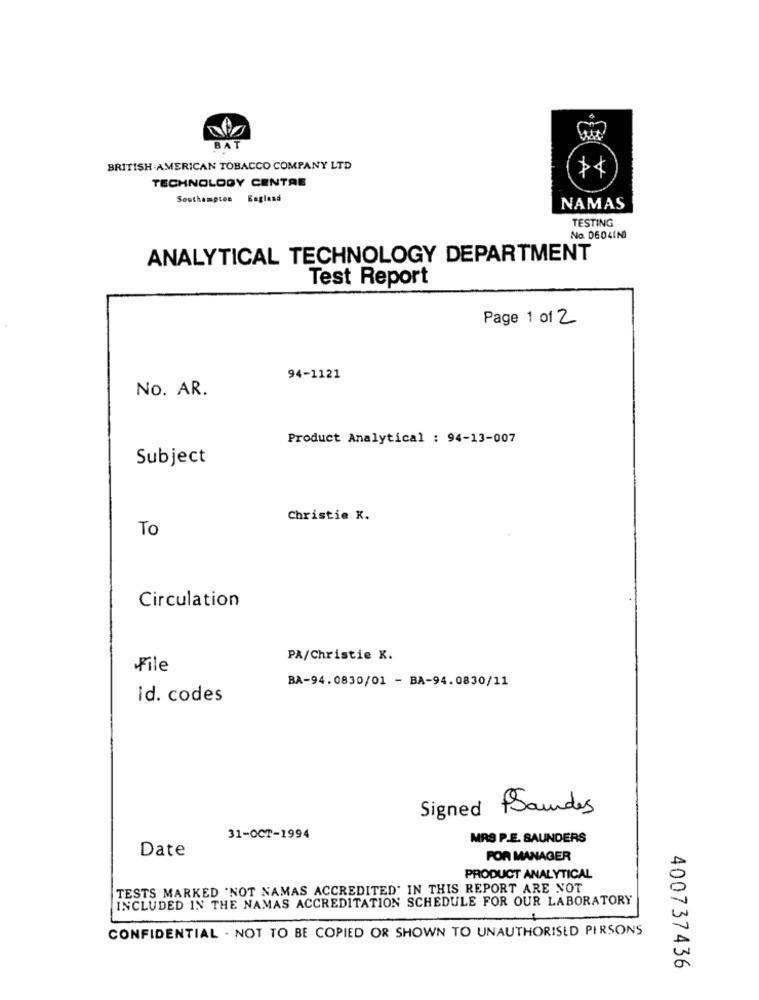
RA
BRITISH AMERICAN TOBACCO COMPANY LTD
TECHNOLOGY CENTRE
Southampton England
NAMAS
TESTING
No. 0604INI
ANALYTICAL TECHNOLOGY DEPARTMENT
Test Report
Page 1 of 2
94-1121
No. AR.
Product Analytical : 94-13-007
Subject
Christie K.
To
Circulation
PA/Christie K.
File
BA-94.0830/01 - BA-94.0830/11
Id. codes
Signed Boudes
31-OCT-1994
MRS P.E. SAUNDERS
Date
FOR MANAGER
PRODUCT ANALYTICAL
TESTS MARKED "NOT NAMAS ACCREDITED" IN THIS REPORT ARE NOT
INCLUDED IN THE NAMAS ACCREDITATION SCHEDULE FOR OUR LABORATORY
CONFIDENTIAL . NOT TO BE COPIED OR SHOWN TO UNAUTHORISED PERSONS
400737436